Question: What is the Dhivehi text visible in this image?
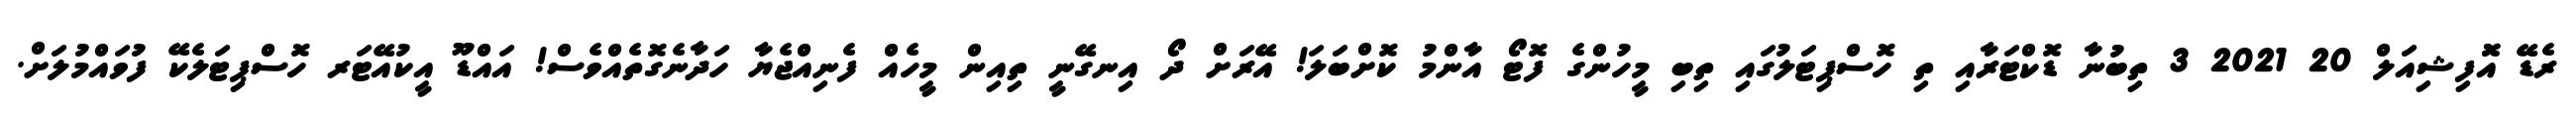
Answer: ރެޑޭ އޮޮފިޝިއަލް 20 2021 3 ތިބުނާ ޑޮކްޓަރާއި ތި ހޮސްޕިޓަލުގައި ތިބި މީހުންގެ ފޮޓޯ އާންމު ކޮށްބަލަ! އޭރަށް ދޯ އިނގޭނީ ތިއިން މީހެއް ފެނިއްޖެޔާ ހަދާނެގޮތެއްވެސް! އައްޑޫ އީކުއޭޓަރ ހޮސްޕިޓަލެކޭ ފުވައްމުލަށް.